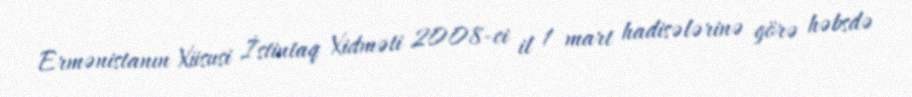
Ermənistanın Xüsusi İstintaq Xidməti 2008-ci il 1 mart hadisələrinə görə həbsdə